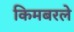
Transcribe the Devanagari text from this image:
किमबरले